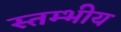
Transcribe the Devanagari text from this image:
स्तम्भीय